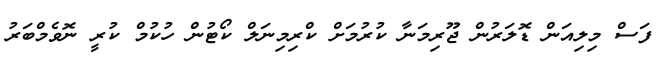
ފަސް މިލިއަން ޑޮލަރުން ޖޫރިމަނާ ކުރުމަށް ކްރިމިނަލް ކޯޓުން ހުކުމް ކުރީ ނޮވެމްބަރު